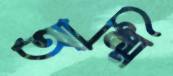
আম্মি